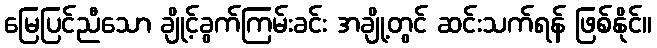
မြေပြင်ညီသော ချိုင့်ခွက်ကြမ်းခင်း အချို့တွင် ဆင်းသက်ရန် ဖြစ်နိုင်။